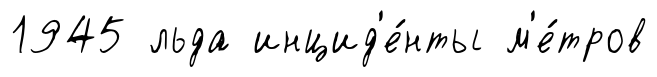
1945 льда инцид'е́нты м'е́тров